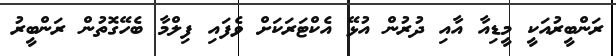
ރަންބީރުއަކީ މީޑިއާ އާއި ދުރުން އުޅޭ އެކްޓަރަކަށް ވެފައި ފިލްމާ ބެހޭގޮތުން ރަންބީރު